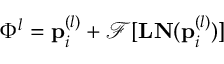
\Phi ^ { l } = \mathbf { p } _ { i } ^ { ( l ) } + \mathcal { F } [ \mathbf { L N } ( \mathbf { p } _ { i } ^ { ( l ) } ) ]